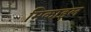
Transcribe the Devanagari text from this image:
मिकाइल